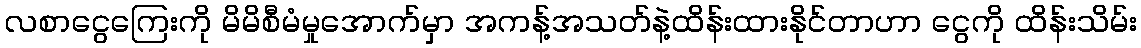
လစာငွေကြေးကို မိမိစီမံမှုအောက်မှာ အကန့်အသတ်နဲ့ထိန်းထားနိုင်တာဟာ ငွေကို ထိန်းသိမ်း